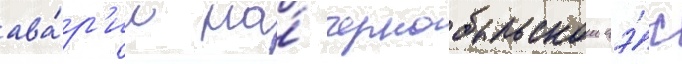
ава́р'ии на́ чернобыльскои аэ́с